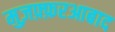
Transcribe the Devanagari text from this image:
मुज़फ़्फ़रआबाद